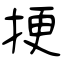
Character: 挭